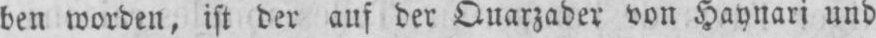
ben worden, ist der auf der Quarzader von Haynari und